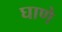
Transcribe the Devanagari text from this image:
घाणे